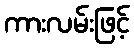
ကားလမ်းဖြင့်